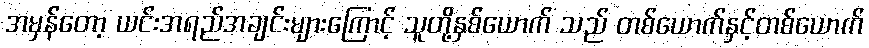
အမှန်တော့ ယင်းအရည်အချင်းများကြောင့် သူတို့နှစ်ယောက် သည် တစ်ယောက်နှင့်တစ်ယောက်